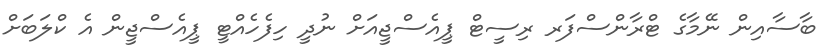
ބާސާއިން ނޭމާގެ ޓްރާންސްފަރ ރިސީޓް ޕީއެސްޖީއަށް ނުދީ ހިފެހެއްޓީ ޕީއެސްޖީން އެ ކްލަބަށް